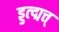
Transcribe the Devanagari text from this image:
ड्डत्द्मत्त्